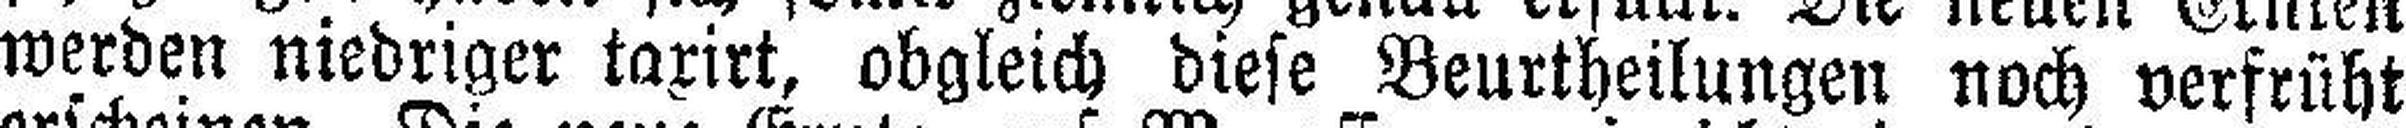
werden niedriger taxirt, obgleich diese Beurtheilungen noch verfrüht